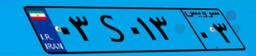
۸۳S۲۰۲۹۷